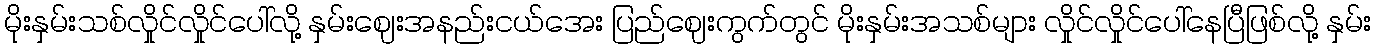
မိုးနှမ်းသစ်လှိုင်လှိုင်ပေါ်လို့ နှမ်းဈေးအနည်းငယ်အေး ပြည်ဈေးကွက်တွင် မိုးနှမ်းအသစ်များ လှိုင်လှိုင်ပေါ်နေပြီဖြစ်လို့ နှမ်း